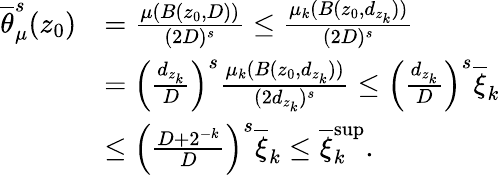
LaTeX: \begin{array}{rl}{\overline{{\theta}}_{\mu}^{s}(z_{0})}&{=\frac{\mu(B(z_{0},D))}{(2D)^{s}}\leq\frac{\mu_{k}(B(z_{0},d_{z_{k}}))}{(2D)^{s}}}\\ &{=\left(\frac{d_{z_{k}}}{D}\right)^{s}\frac{\mu_{k}(B(z_{0},d_{z_{k}}))}{(2d_{z_{k}})^{s}}\leq\left(\frac{d_{z_{k}}}{D}\right)^{s}\overline{{\xi}}_{k}}\\ &{\leq\left(\frac{D+2^{-k}}{D}\right)^{s}\overline{{\xi}}_{k}\leq\overline{{\xi}}_{k}^{\operatorname*{sup}}.}\end{array}